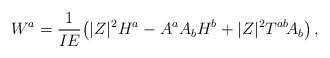
LaTeX: \begin{align*}W^a = \frac{1}{IE} \big( |Z|^2 H^a - A^a A_b H^b + |Z|^2 T^{ab}\!A_b \big)\, ,\end{align*}